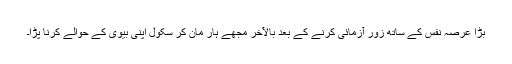
بڑا عرصہ نفس کے ساتھ زور آزمائی کرنے کے بعد بالآخر مجھے ہار مان کر سکول اپنی بیوی کے حوالے کرنا پڑا۔